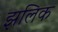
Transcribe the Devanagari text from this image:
झलिक